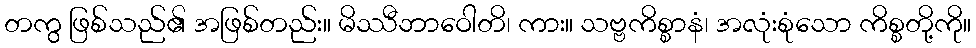
တကွ ဖြစ်သည်၏ အဖြစ်တည်း။ မိဿီဘာဝေါတိ၊ ကား။ သဗ္ဗကိစ္စာနံ၊ အလုံးစုံသော ကိစ္စတို့ကို။